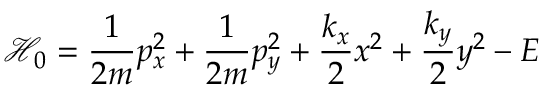
\mathcal { H } _ { 0 } = \frac { 1 } { 2 m } p _ { x } ^ { 2 } + \frac { 1 } { 2 m } p _ { y } ^ { 2 } + \frac { k _ { x } } { 2 } x ^ { 2 } + \frac { k _ { y } } { 2 } y ^ { 2 } - E